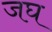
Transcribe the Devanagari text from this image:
जघ